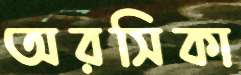
অরসিকা